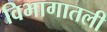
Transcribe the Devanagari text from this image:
विभागातली